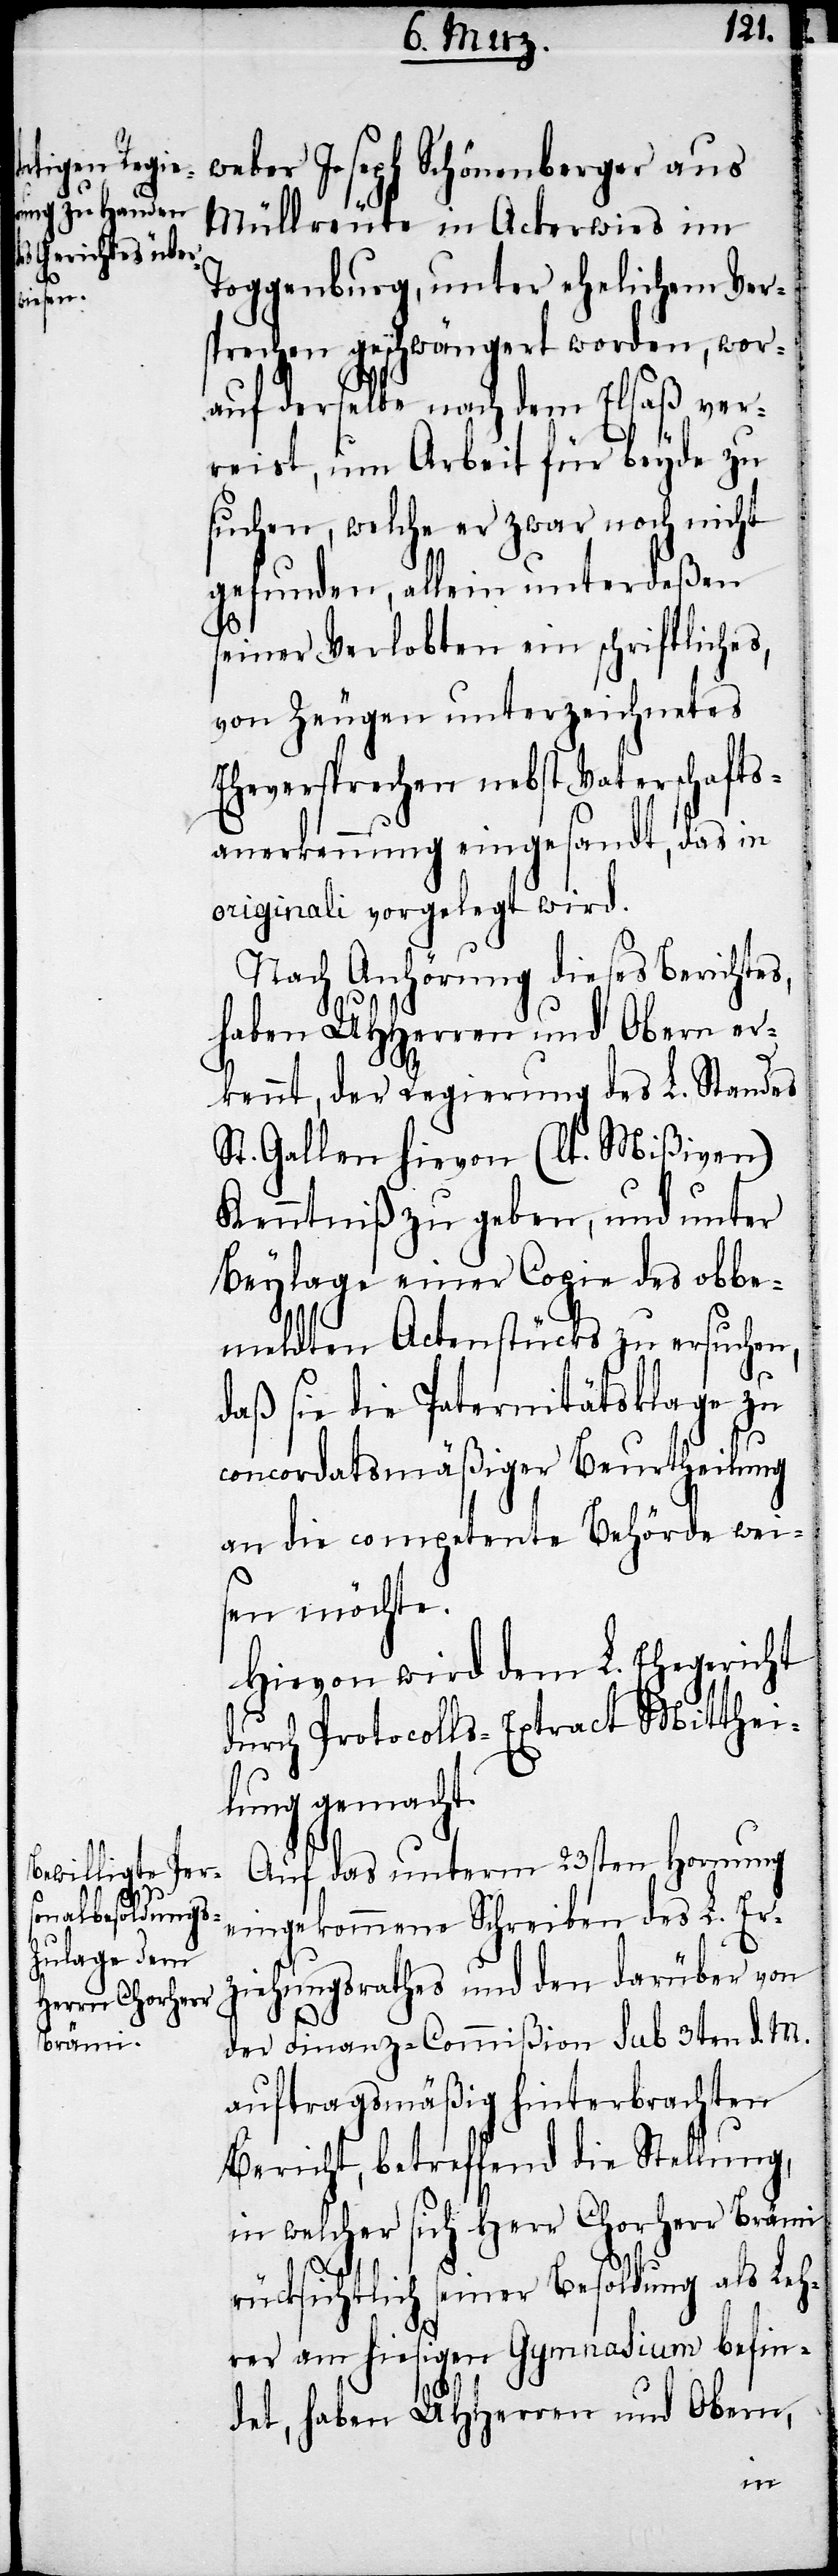
weber Joseph Schönenberger aus
Müllreute in Ackerwies im
Toggenburg, unter ehelichem Ver¬
schprechen geschwängert worden, wor¬
auf derselbe nach dem Elsaß ver¬
reist, um Arbeit für beyde zu
suchen, welche er zwar noch nicht
gefunden, allein unterdeßen
seiner Verlobten ein schriftliches,
von Zeugen unterzeichnetes
Eherversprechen nebst Vaterschafts¬
anerkennung eingesandt, das in
originali vorgelegt wird.
Nach Anhörung dieses Bericht¬
haben UHHerren und Obern er¬
kennt, der Regierung des L. Standes
St. Gallen hievon (lt. Mißiven)
Kenntniß zu geben, und unter
Beylage einer Copie des obbe¬
meldten Actenstücks zu ersuchen,
daß sie die Paternitätsklage zu
concordatsmäßiger Beurtheilung
an die competente Behörde wei¬
sen möchte.
Hievon wird dem L. Ehegericht
durch Protocolls-Extract Mitthei¬
lung gemacht.
Auf das unterm 23sten Hornung
eingekommene Schreiben des L. Er¬
ziehungsrathes und den darüber von
der Finanz-Commißion sub 3ten d. M.
auftragsmäßig hinterbrachten
Bericht, betreffend die Stellung,
in welcher sich Herr Chorherr Brämi
rücksichtlich seiner Besoldung als Leh¬
rer am hiesigen Gymnasium befin¬
det, haben UHHerren und Obern,

es,